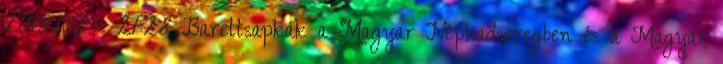
2018.10.14. 21:28 Barettsapkák a Magyar Néphadseregben és a Magyar